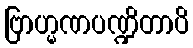
ဗြာဟ္မဏပဏ္ဍိတာပိ